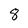
Character: 8